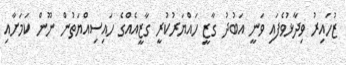
ޒުހައިރު ވިދާޅުވެފައި ވަނީ އަބުދު ގާޒީ ހައްޔަރުކުރީ ގާޒީއެއްގެ ހައިސިއްޔަތުން ނޫން ކަމަށާއި